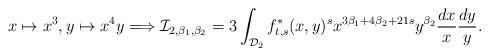
LaTeX: \begin{align*}x\mapsto x^{3},y\mapsto x^4 y\Longrightarrow\mathcal{I}_{2,\beta_1,\beta_2}=3\int_{\mathcal{D}_2}{f}^*_{t,s}(x,y)^s x^{3\beta_1+4\beta_2+21s} y^{\beta_2} \frac{dx}{x}\frac{dy}{y}.\end{align*}